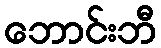
ဘောင်းဘီ